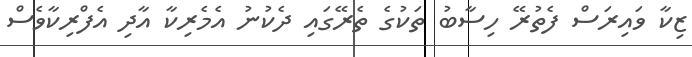
ޒިކާ ވައިރަސް ފެތުރޭ ހިސާބު ތަކުގެ ތެރޭގައި ދެކުނު އެމެރިކާ އާދި އެފްރިކާވެސް